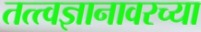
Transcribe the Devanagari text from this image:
तत्त्वज्ञानावरच्या